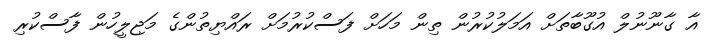
އާ ގާނޫނުލް އުގޫބާތަށް އަމަލުކުރުން ތިން މަހަށް ފަސްކުރުމަށް ރައްޔިތުންގެ މަޖިލީހުން ފާސްކުރި